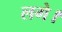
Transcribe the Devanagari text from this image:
लगेे।